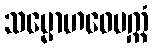
သမ္မောဟဝေပက္ကံ